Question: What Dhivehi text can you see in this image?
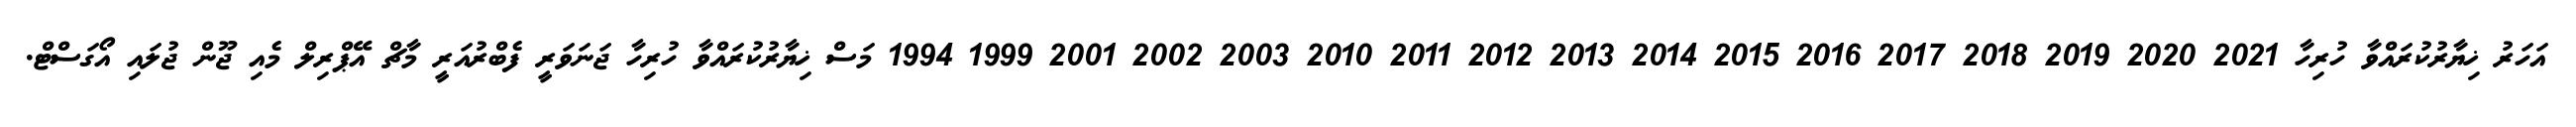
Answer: އަހަރު ޚިޔާރުކުރައްވާ ހުރިހާ 2021 2020 2019 2018 2017 2016 2015 2014 2013 2012 2011 2010 2003 2002 2001 1999 1994 މަސް ޚިޔާރުކުރައްވާ ހުރިހާ ޖަނަވަރީ ފެބްރުއަރީ މާޗް އޭޕްރިލް މެއި ޖޫން ޖުލައި އޯގަސްޓް.